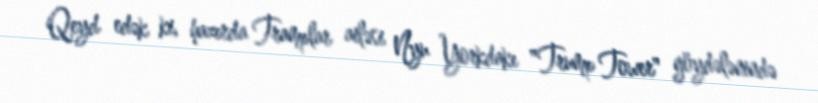
Qeyd edək ki, hazırda Tramplar ailəsi Nyu Yorkdakı "Trump Tower" göydələnində